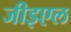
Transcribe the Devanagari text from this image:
जीइएल